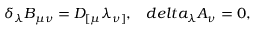
\delta _ { \lambda } B _ { \mu \nu } = D _ { [ \mu } \lambda _ { \nu ] } , \ \ \, d e l t a _ { \lambda } A _ { \nu } = 0 ,